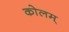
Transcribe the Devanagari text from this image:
कोलम्